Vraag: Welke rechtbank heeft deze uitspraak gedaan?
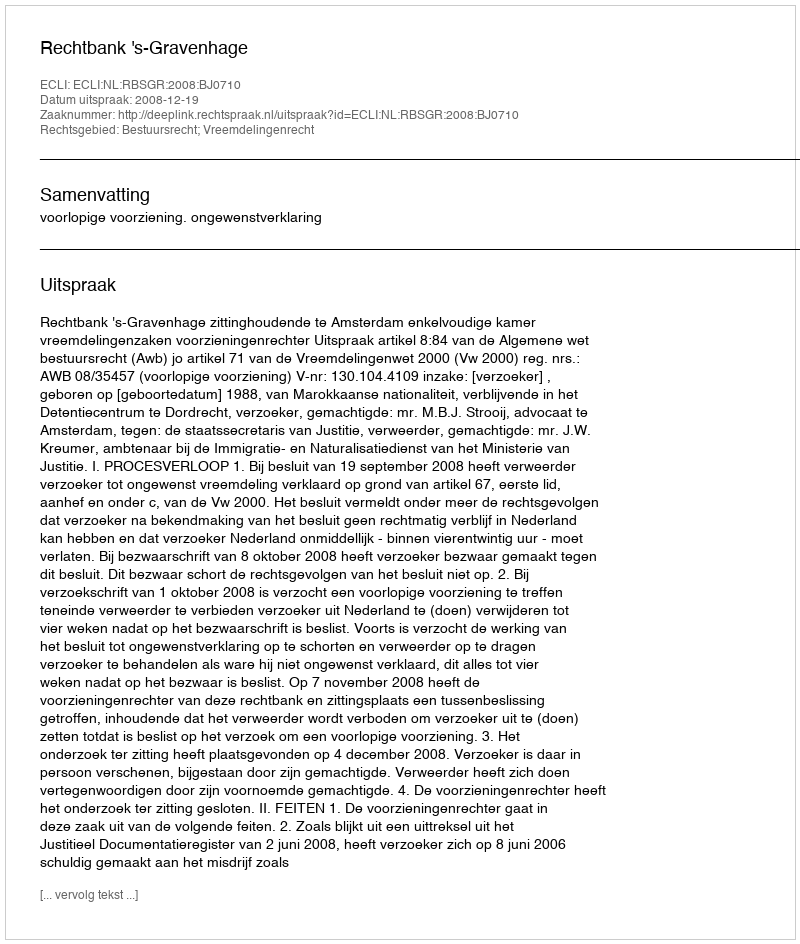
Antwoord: Rechtbank 's-Gravenhage